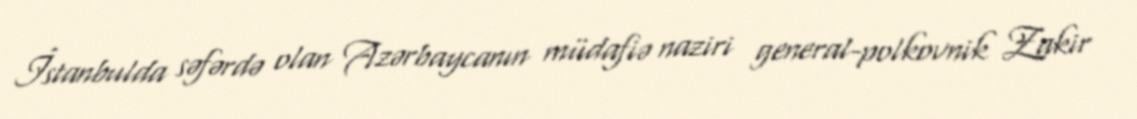
İstanbulda səfərdə olan Azərbaycanın müdafiə naziri general-polkovnik Zakir